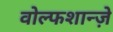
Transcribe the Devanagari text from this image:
वोल्फशान्ज़े